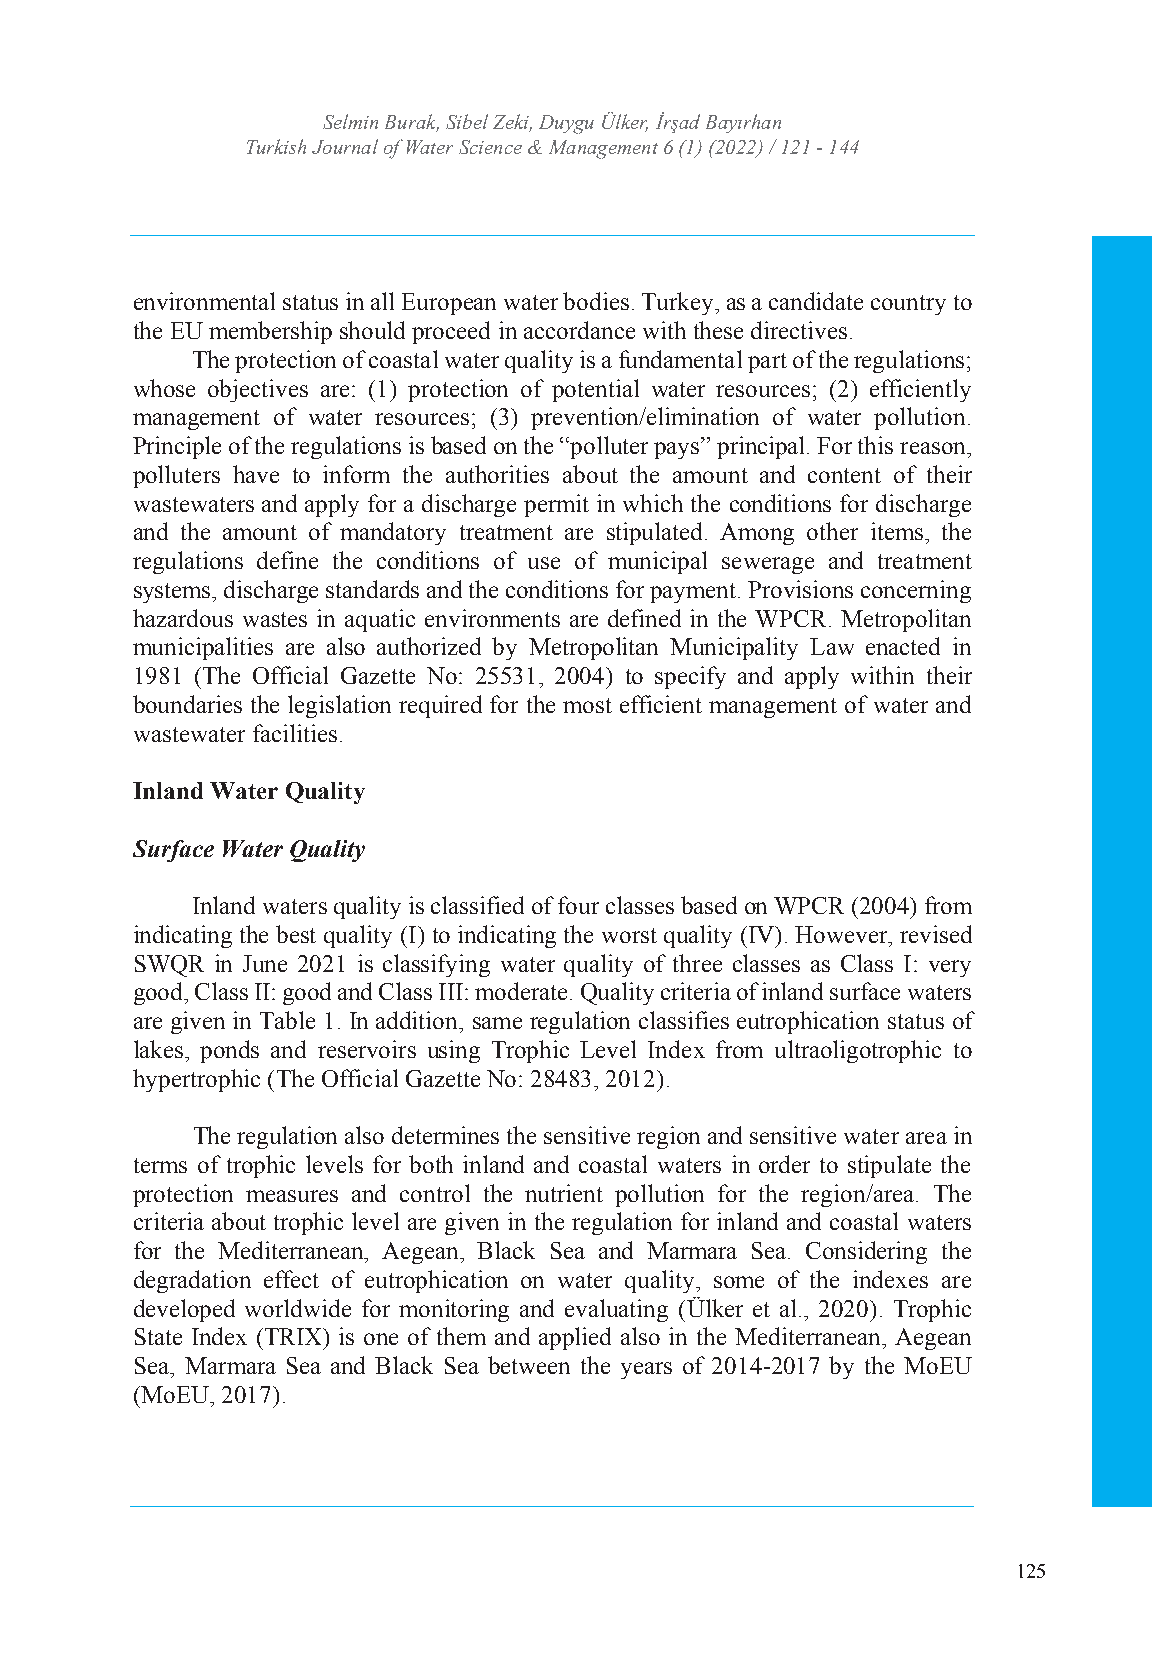
SelTmuirnk Bisuhr Jaoku, rSniable ol fZ Wekai,t eDr uSycgiuen Ücelk &er ,M İraşnaadg Bemayeınrhtan
 Turkish Journal of WaIStSeNr :S 2c5i3e6n 4c7e4 &X /M e-aISnSaNg: e2m56e4n-7t 363 4(1) (2022) / 121 - 144
 Volume: 6 Issue: 1 Year: 2022
 environmental status in all European water bodies. Turkey, as a candidate country to
 the EU membership should proceed in accordance with these directives.
 The protection of coastal water quality is a fundamental part of the regulations;
 whose objectives are: (1) protection of potential water resources; (2) efficiently
 management of water resources; (3) prevention/elimination of water pollution.
 Principle of the regulations is based on the “polluter pays” principal. For this reason,
 polluters have to inform the authorities about the amount and content of their
 wastewaters and apply for a discharge permit in which the conditions for discharge
 and the amount of mandatory treatment are stipulated. Among other items, the
 regulations define the conditions of use of municipal sewerage and treatment
 systems, discharge standards and the conditions for payment. Provisions concerning
 hazardous wastes in aquatic environments are defined in the WPCR. Metropolitan
 municipalities are also authorized by Metropolitan Municipality Law enacted in
 1981 (The Official Gazette No: 25531, 2004) to specify and apply within their
 boundaries the legislation required for the most efficient management of water and
 wastewater facilities.
 Inland Water Quality
 Surface Water Quality
 Inland waters quality is classified of four classes based on WPCR (2004) from
 indicating the best quality (I) to indicating the worst quality (IV). However, revised
 SWQR in June 2021 is classifying water quality of three classes as Class I: very
 good, Class II: good and Class III: moderate. Quality criteria of inland surface waters
 are given in Table 1. In addition, same regulation classifies eutrophication status of
 lakes, ponds and reservoirs using Trophic Level Index from ultraoligotrophic to
 hypertrophic (The Official Gazette No: 28483, 2012).
 The regulation also determines the sensitive region and sensitive water area in
 terms of trophic levels for both inland and coastal waters in order to stipulate the
 protection measures and control the nutrient pollution for the region/area. The
 criteria about trophic level are given in the regulation for inland and coastal waters
 for the Mediterranean, Aegean, Black Sea and Marmara Sea. Considering the
 degradation effect of eutrophication on water quality, some of the indexes are
 developed worldwide for monitoring and evaluating (Ülker et al., 2020). Trophic
 State Index (TRIX) is one of them and applied also in the Mediterranean, Aegean
 Sea, Marmara Sea and Black Sea between the years of 2014-2017 by the MoEU
 (MoEU, 2017).
 125
 5